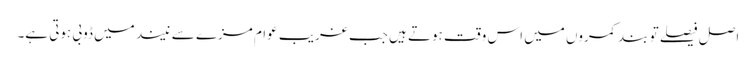
اصل فیصلے تو بند کمروں میں اس وقت ہوتے ہیں جب غریب عوام مزے سے نیند میں ڈوبی ہوتی ہے۔